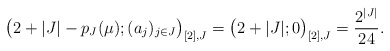
\begin{align*}\big(2+|J|-p_J(\mu);(a_j)_{j\in J}\big)_{[2],J}=\big(2+|J|;0\big)_{[2],J}= \frac{2^{|J|}}{24}.\end{align*}